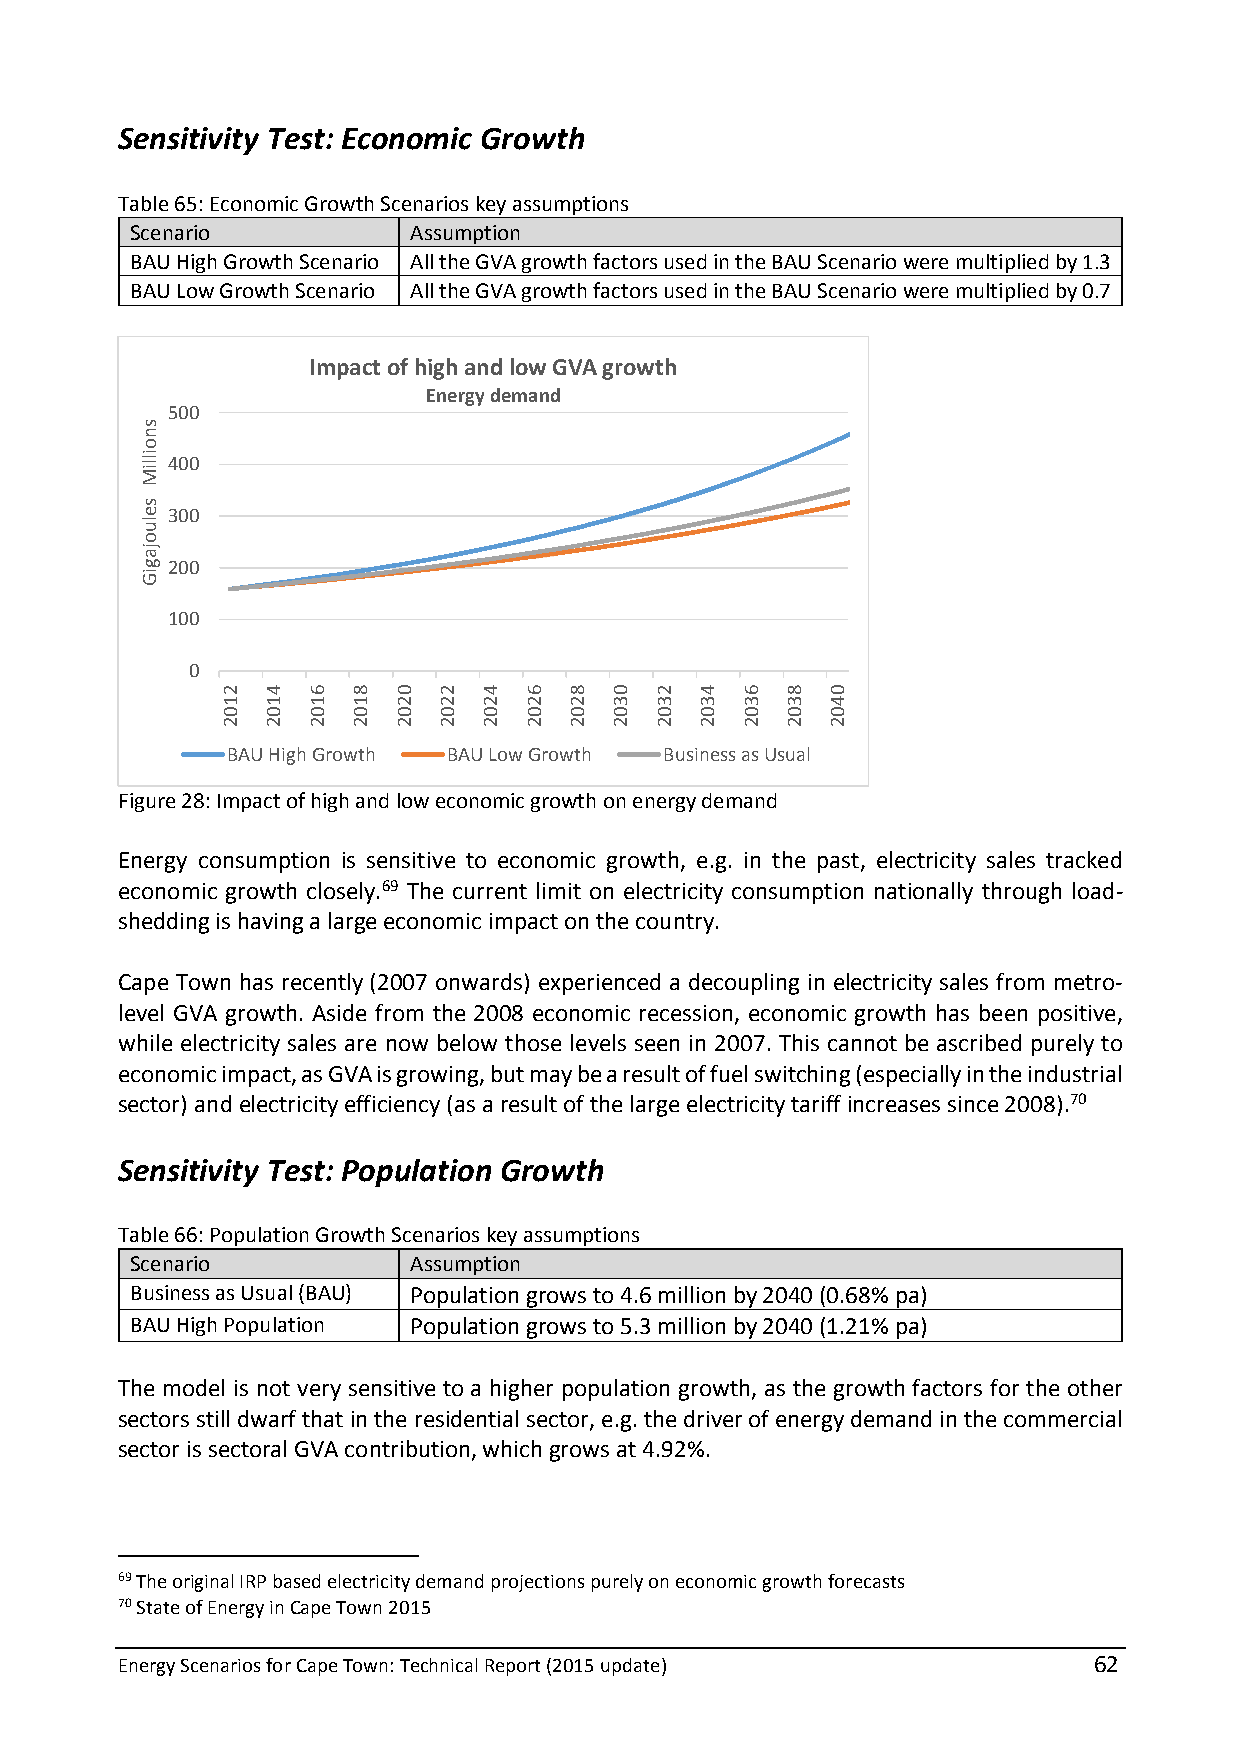
Sensitivity Test: Economic Growth
 Table 65: Economic Growth Scenarios key assumptions
 Scenario          Assumption
 BAU High Growth Scenario All the GVA growth factors used in the BAU Scenario were multiplied by 1.3
 BAU Low Growth Scenario All the GVA growth factors used in the BAU Scenario were multiplied by 0.7
 Impact of high and low GVA growth
 Energy demand
 500
 400
 300
 200
 100
 0
 BAU High Growth BAU Low Growth Business as Usual
 Figure 28: Impact of high and low economic growth on energy demand
 Energy consumption is sensitive to economic growth, e.g. in the past, electricity sales tracked
 economic growth closely.69 The current limit on electricity consumption nationally through load-
 shedding is having a large economic impact on the country.
 Cape Town has recently (2007 onwards) experienced a decoupling in electricity sales from metro-
 level GVA growth. Aside from the 2008 economic recession, economic growth has been positive,
 while electricity sales are now below those levels seen in 2007. This cannot be ascribed purely to
 economic impact, as GVA is growing, but may be a result of fuel switching (especially in the industrial
 sector) and electricity efficiency (as a result of the large electricity tariff increases since 2008).70
 Sensitivity Test: Population Growth
 Table 66: Population Growth Scenarios key assumptions
 Scenario          Assumption
 Business as Usual (BAU) Population grows to 4.6 million by 2040 (0.68% pa)
 BAU High Population Population grows to 5.3 million by 2040 (1.21% pa)
 The model is not very sensitive to a higher population growth, as the growth factors for the other
 sectors still dwarf that in the residential sector, e.g. the driver of energy demand in the commercial
 sector is sectoral GVA contribution, which grows at 4.92%.
 69 The original IRP based electricity demand projections purely on economic growth forecasts
 70 State of Energy in Cape Town 2015
 Energy Scenarios for Cape Town: Technical Report (2015 update)  62
 snoilliM
 seluojagiG
 2102 4102 6102 8102 0202 2202 4202 6202 8202 0302 2302 4302 6302 8302 0402